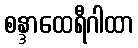
စန္ဒာထေရီဂါထာ